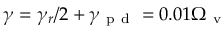
\gamma = \gamma _ { r } / 2 + \gamma _ { \mathrm { ~ p ~ d ~ } } = 0 . 0 1 \Omega _ { \mathrm { ~ v ~ } }